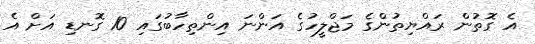
އެ ގޮތުން ރައްޔިތުންގެ މަޖްލީހުގެ އަންނަ އިންތިހާބުގައި 10 ގޮނޑި އަށް އެ